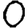
Digit: 0